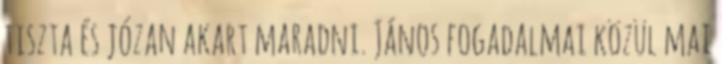
tiszta és józan akart maradni. János fogadalmai közül mai